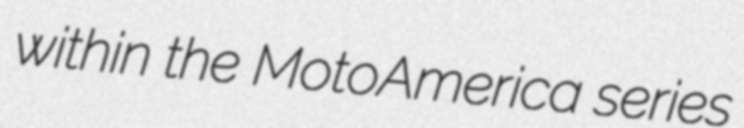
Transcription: within the MotoAmerica series